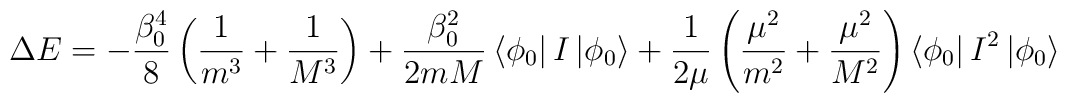
\Delta E=-\frac {\beta_0^4}8\left(\frac 1{m^3}+\frac 1{M^3}\right)+\frac {\beta_0^2}{2mM}\left<\phi_0\right|I\left|\phi_0\right>+\frac 1{2\mu}\left(\frac {\mu^2}{m^2}+\frac {\mu^2}{M^2}\right)\left<\phi_0\right|I^2\left|\phi_0\right>